Report of the veterinary officer investigating camel disease
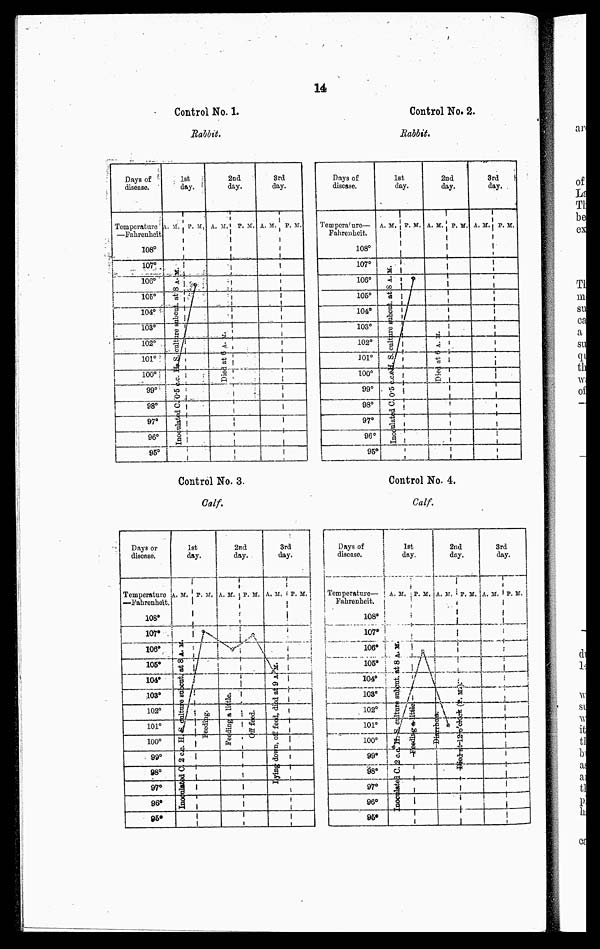
14
Control No. 1.
Rabbit.
Control No. 2.
Rabbit.
Control No. 3.
Calf.
Control No. 4.
Calf.